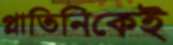
প্লাতিনিকেই